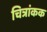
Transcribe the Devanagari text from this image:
चित्रांकक